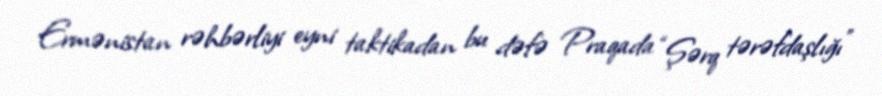
Ermənistan rəhbərliyi eyni taktikadan bu dəfə Praqada “Şərq tərəfdaşlığı”